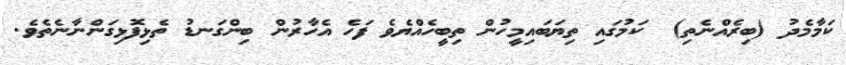
ކަމާމެދު (ބިރެއްނެތި)  ކަމުގައި ތިޔަބައިމީހުން ތިބީހެއްޔެވެ ފަހެ އެހާރުން ބިންގަނޑު ތެޅިފޮޅިގަންނާނެތެވެ.